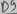
Text: D9